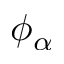
\phi _ { \alpha }